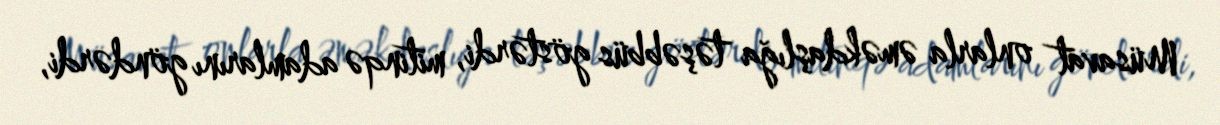
Müsavat onlarla əməkdaşlığa təşəbbüs göstərdi, mitinqə adamlarını göndərdi,